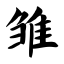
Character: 雏